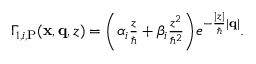
\begin{array} { r } { \Gamma _ { 1 , i , \mathrm { P } } ( \mathbf { x } , \mathbf { q } , z ) = \bigg ( \alpha _ { i } \frac { z } { \hbar } + \beta _ { i } \frac { z ^ { 2 } } { \hbar ^ { 2 } } \bigg ) e ^ { - \frac { | z | } { \hbar } | \mathbf { q } | } . } \end{array}